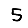
Digit: 5